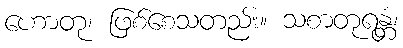
ဟောတု၊ ဖြစ်စေသတည်း။ သစာတုရန္တံ၊